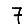
Digit: 7